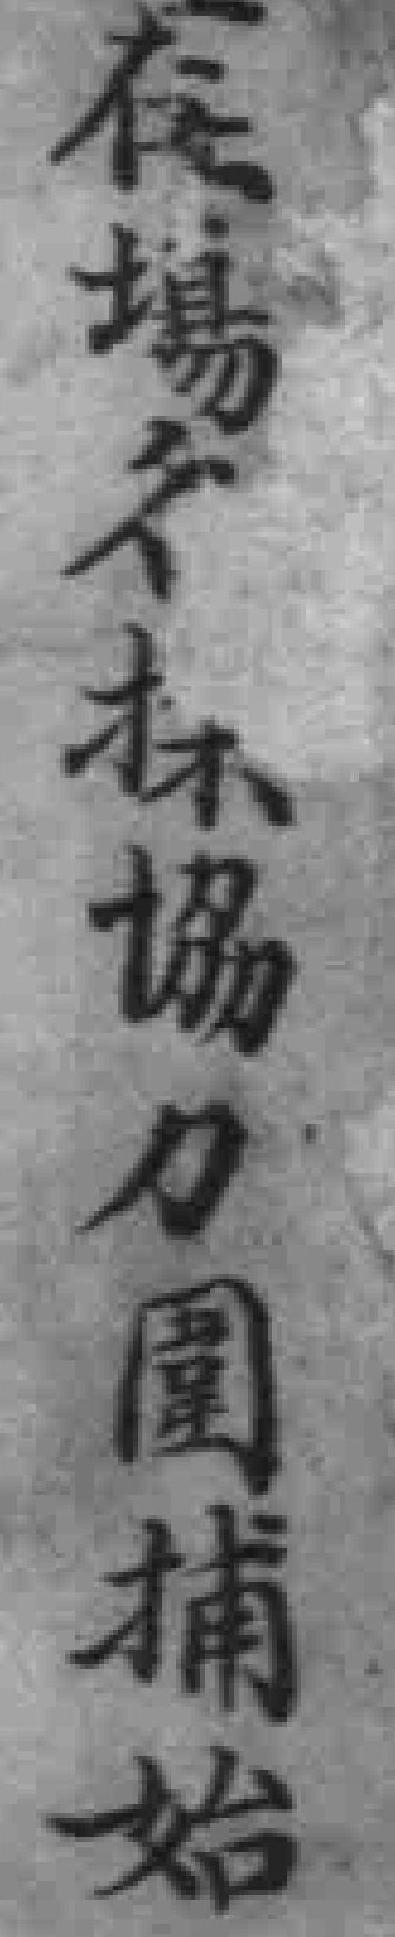
在場**協力圍捕始